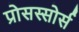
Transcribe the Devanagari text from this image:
प्रोसस्सोर्स